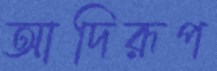
আদিরূপ